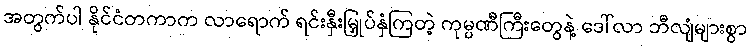
အတွက်ပါ နိုင်ငံတကာက လာရောက် ရင်းနှီးမြှုပ်နှံကြတဲ့ ကုမ္ပဏီကြီးတွေနဲ့ ဒေါ်လာ ဘီလျံများစွာ